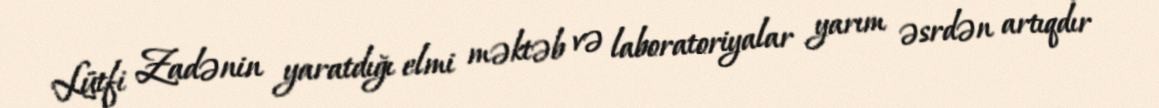
Lütfi Zadənin yaratdığı elmi məktəb və laboratoriyalar yarım əsrdən artıqdır